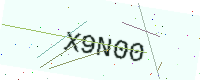
Text: X9N00